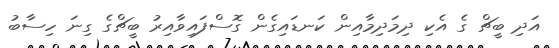
އަދި ބީޗް ގެ އެކި ދިމަދިމާއިން ކަނޑައިގެން ގޮސްފައިވާއިރު ބީޗްގެ ގިނަ ހިސާބު